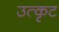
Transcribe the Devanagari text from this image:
उत्कृट